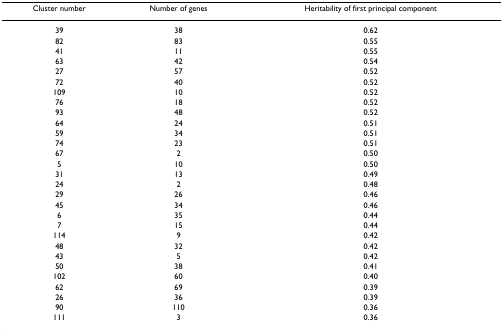
<table><thead><tr><td><b>Cluster number</b></td><td><b>Number of genes</b></td><td><b>Heritability of first principal component</b></td></tr></thead><tbody><tr><td>39</td><td>38</td><td>0.62</td></tr><tr><td>82</td><td>83</td><td>0.55</td></tr><tr><td>41</td><td>11</td><td>0.55</td></tr><tr><td>63</td><td>42</td><td>0.54</td></tr><tr><td>27</td><td>57</td><td>0.52</td></tr><tr><td>72</td><td>40</td><td>0.52</td></tr><tr><td>109</td><td>10</td><td>0.52</td></tr><tr><td>76</td><td>18</td><td>0.52</td></tr><tr><td>93</td><td>48</td><td>0.52</td></tr><tr><td>64</td><td>24</td><td>0.51</td></tr><tr><td>59</td><td>34</td><td>0.51</td></tr><tr><td>74</td><td>23</td><td>0.51</td></tr><tr><td>67</td><td>2</td><td>0.50</td></tr><tr><td>5</td><td>10</td><td>0.50</td></tr><tr><td>31</td><td>13</td><td>0.49</td></tr><tr><td>24</td><td>2</td><td>0.48</td></tr><tr><td>29</td><td>26</td><td>0.46</td></tr><tr><td>45</td><td>34</td><td>0.46</td></tr><tr><td>6</td><td>35</td><td>0.44</td></tr><tr><td>7</td><td>15</td><td>0.44</td></tr><tr><td>114</td><td>9</td><td>0.42</td></tr><tr><td>48</td><td>32</td><td>0.42</td></tr><tr><td>43</td><td>5</td><td>0.42</td></tr><tr><td>50</td><td>38</td><td>0.41</td></tr><tr><td>102</td><td>60</td><td>0.40</td></tr><tr><td>62</td><td>69</td><td>0.39</td></tr><tr><td>26</td><td>36</td><td>0.39</td></tr><tr><td>90</td><td>110</td><td>0.36</td></tr><tr><td>111</td><td>3</td><td>0.36</td></tr></tbody></table>